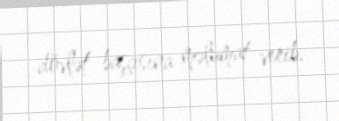
dövlət başçısına məlumat verib.